Report on enteric fever
Disease focus: Fever
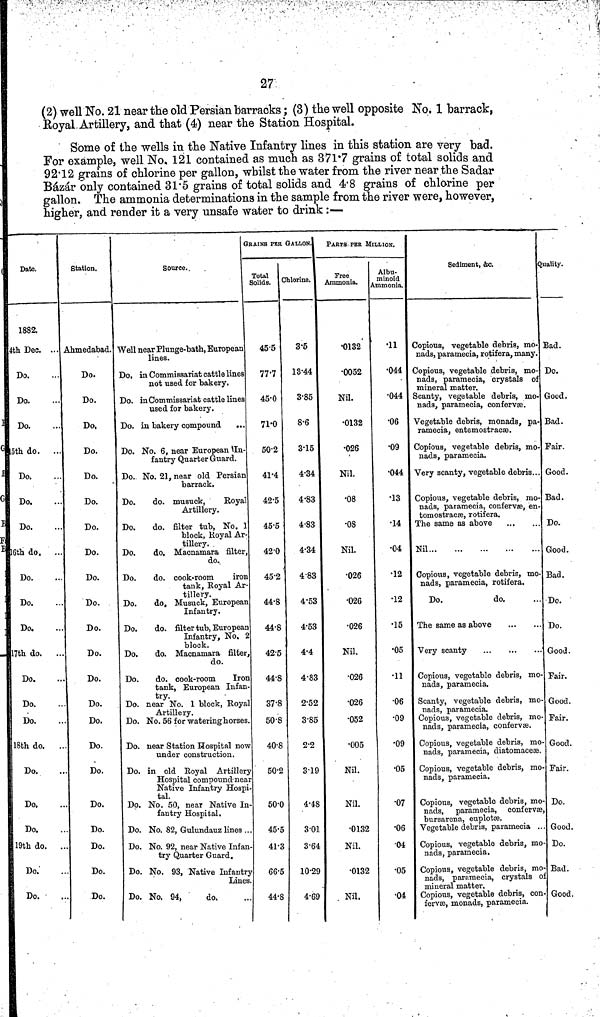
27
(2) well No. 21 near the old Persian barracks; (3) the well opposite No. 1 barrack,
Royal Artillery, and that (4) near the Station Hospital.
Some of the wells in the Native Infantry lines in this station are very bad.
For example, well No, 121 contained as much as 371 7 grains of total solids and
92 12 grains of chlorine per gallon, whilst the water from the river near the Sadar
Bázár only contained 31 5 grains of total solids and 4 8 grains of chlorine per
gallon. The ammonia determinations in the sample from the river were, however,
higher, and render it a very unsafe water to drink :—
Date.
1882.
4th Dec. ...
Do.
Do.
Do.
15th do.
Do.
Do.
Do.
16th do.
Do.
Do.
Do.
17th do.
..
Do.
Do.
Do.
18th do. .
Do.
Do.
Do.
19th do. .
Do.
Do.
Station.
Ahmedabad.
Do.
Do.
Do,
Do.
Do.
Do.
Do.
Do.
Do.
Do.
Do.
Do.
Do.
Do.
Do.
Do.
Do.
Do.
Do.
Do.
Do.
Do.
Source.
Well near Plunge-bath, European
lines.
Do, in Commissariat cattle lines
not used for bakery.
Do. in Commissariat cattle lines
used for bakery.
Do. in bakery compound
...
Do. No. 6, near European In-
fantry Quarter Guard.
Do. No. 21, near old Persian
barrack.
Do.
do. musuck, Royal
Artillery.
Do.
do. filter tub, No. 1
block, Royal Ar-
tillery.
Do.
do, Macnamara filter,
do.
Do.
do. cook-room
iron
tank, Royal Ar-
tillery.
Do.
do. Musuck, European
Infantry.
Do.
do. filter tub, European
Infantry, No. 2
block.
Do.
do. Macnamara filter,
do.
Do.
do. cook-room
Iron
tank, European Infan-
try.
Do. near No. 1 block, Royal
Artillery.
Do. No. 56 for watering horses.
Do. near Station Hospital now
under construction.
Do. in old Royal Artillery
Hospital compound near
Native Infantry Hospi-
tal.
Do. No. 50, near Native In-
fantry Hospital.
Do. No. 82, Gulundauz lines .
Do. No. 92, near Native Infan-
try Quarter Guard.
Do. No. 93, Native Infantry
Line
Do. No. 94,
do.
RAINS PER GALLON.
Total
Solids.
45·5
77·7
45·0
71·0
50·2
41·4
42·5
45·5
42·0
45·2
44·8
44·8
42·5
44·8
37·8
50·8
40·8
50·2
50·0
45·5
41·3
66·5
44·8
Chlorine.
3·5
13·44
3·85
8·6
3·15
4·34
4·83
4·83
4·34
4·83
4·53
4·53
4·4
4·83
2·52
3·85
2·2
3·19
4·48
3·01
3·64
10·29
4·69
PARTS, PER MILLION.
Free
Ammonia.
0132
0052
Nil.
0132
026
Nil.
08
08
Nil.
026
026
026
Nil.
026
026
052
005
Nil.
Nil.
0132
Nil.
0132
Nil.
Albu-
minoid
Ammonia.
11
044
044
06
09
044
13
14
04
12
12
15
05
11
06
09
09
05
07
06
04
05
04
Sediment, &c.
Copious, vegetable debris, mo-
nads, paramecia, rotifera, many.
Copious, vegetable debris, mo-
nads, paramecia, crystals of
mineral matter.
Scanty, vegetable debris, mo-
nads, paramecia, confervæ.
Vegetable debris, monads, pa
ramecia, entemostracæ.
Copious, vegetable debris, mo
nads, paramecia.
Very scanty, vegetable debris...
Copious, vegetable debris, mo
nads, paramecia, confervæ, en
tomostracæ, rotifera.
The same as above
Nil
Copious, vegetable debris, mo
nads, paramecia, rotifera.
Do.
do.
The same as above
Very scanty
Copious, vegetable debris, mo
nads, paramecia.
Scanty, vegetable debris, mo
nads, paramecia.
Copious, vegetable debris, mo
nads, paramecia, confervæ.
Copious, vegetable debris, mo
nads, paramecia, diatomaceæ.
Copious, vegetable debris, mo
nads, paramecia.
Copious, vegetable debris, mo
nads, paramecia, confervæ,
bursarena, euplotæ.
Vegetable debris, paramecia .
Copious, vegetable debris, mo
nads, paramecia.
Copious, vegetable debris, mo
nads, paramecia, crystals of
mineral matter.
Copious, vegetable debris, con
fervæ, monads, paramecia.
Quality.
Bad.
Do.
Good.
Bad.
Fair.
Good.
Bad.
Do.
Good.
Bad.
Do.
Do.
Good.
Fair.
Good.
Fair.
Good.
Fair.
Do.
Good.
Do.
Bad.
Good.